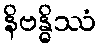
နိဗန္ဓိဿံ